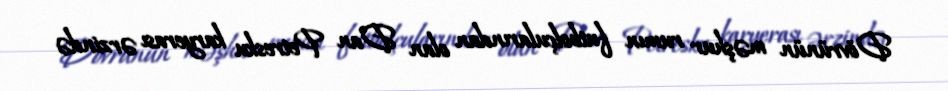
Dövrünün məşhur rumın futbolçularından olan Dan Petresku karyerası ərzində